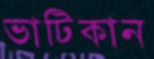
ভাটিকান